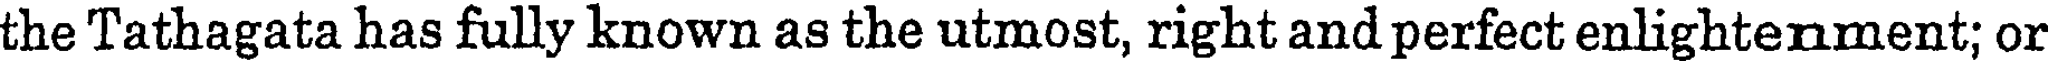
the Tathagata has fully known as the utmost, right and perfect enlightenment; or